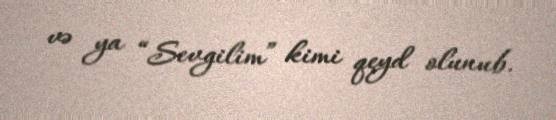
və ya “Sevgilim” kimi qeyd olunub.